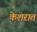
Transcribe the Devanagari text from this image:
केशरात